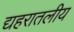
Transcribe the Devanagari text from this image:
द्यहरातलीय